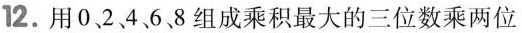
12. 用 0、2、4、6、8 组成乘积最大的三位数乘两位